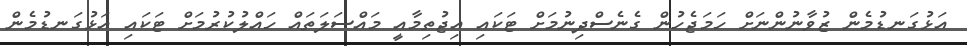
އަޅުގަނޑުމެން ޒުވާނުންނަށް ހަމަޖެހުން ގެނެސްދިނުމަށް ޓަކައި އިޖުތިމާއީ މައްސަލަތައް ހައްލުކުރުމަށް ޓަކައި އަޅުގަނޑުމެން